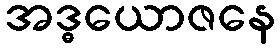
အဒ္ဓယောဇနေ